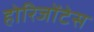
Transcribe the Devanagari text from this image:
होरिजोंटेस